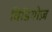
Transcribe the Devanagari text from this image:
विडियोज़